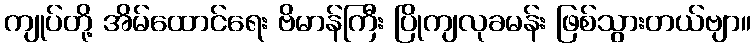
ကျုပ်တို့ အိမ်ထောင်ရေး ဗိမာန်ကြီး ပြိုကျလုခမန်း ဖြစ်သွားတယ်ဗျာ။